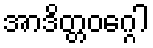
အာဒိတ္တဝဂ္ဂေါ